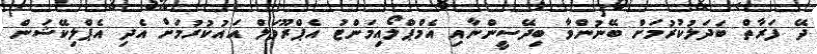
ދޭ ފަރާތް ބަދަލުކުރުމަށް ބޭނުންވާ ބިދޭސީންނާއި އެމްޕްލޯއިމަންޓު އެޕްރޫވަލް އައުކުރުމަށް އެދި އެޕްލިކޭޝަން